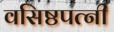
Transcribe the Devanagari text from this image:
वसिष्ठपत्नी